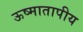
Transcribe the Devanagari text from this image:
ऊष्मातापीय